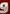
و